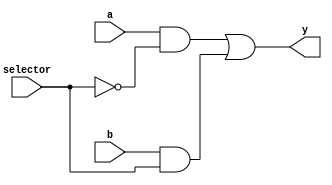
module mux_2to1(y,a,b,selector);
input a;
input b;
input selector;
output y;

wire w1;
wire w2;
wire w3;
not inverted_selector(w1,selector);

and first_and(w2,a,w1);
and second_and(w3,b,selector);
or final(y,w2,w3);

endmodule